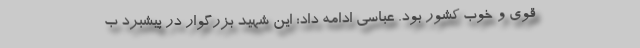
قوی و خوب کشور بود. عباسی ادامه داد: این شهید بزرگوار در پیشبرد ب